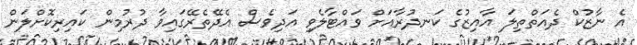
އެ ނާޒުކް ދެއަތްތިލަ އާއިޒުގެ ކަނދުރާއަށް ވައްޓާލެވި އަދިވެސް އެދޭތެރޭގައިވާ ދުރުމިން ކައިރިކޮށްލަން